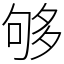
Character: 够